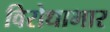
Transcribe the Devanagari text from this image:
विरोधाभार